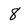
Character: 8